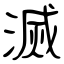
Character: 滅